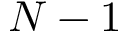
N - 1